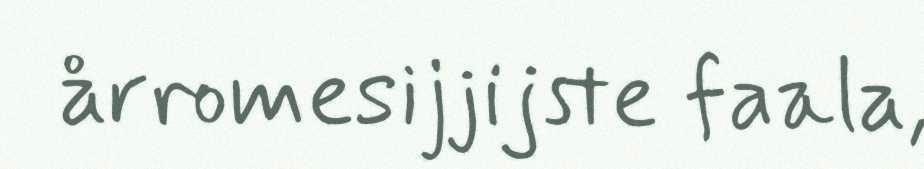
årromesijjijste faala,